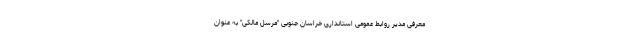
معرفی مدیر روابط عمومی استانداری خراسان جنوبی "مرسل مالکی" به عنوان